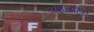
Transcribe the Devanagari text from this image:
अशाउद्दिन